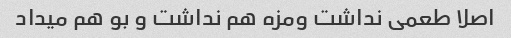
اصلا طعمی نداشت ومزه هم نداشت و بو هم میداد